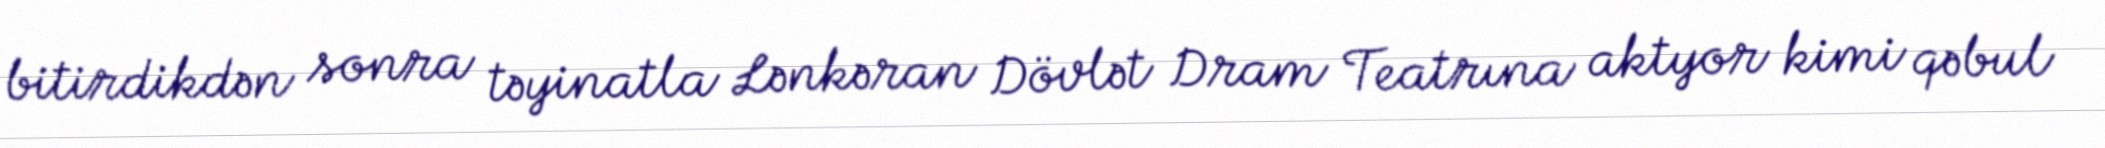
bitirdikdən sonra təyinatla Lənkəran Dövlət Dram Teatrına aktyor kimi qəbul